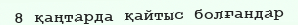
8 қаңтарда қайтыс болғандар